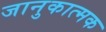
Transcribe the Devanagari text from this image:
जानुकात्मक